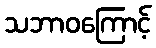
သဘာဝကြောင့်